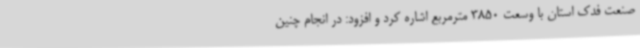
صنعت فدک استان با وسعت 3850 مترمربع اشاره کرد و افزود: در انجام چنین